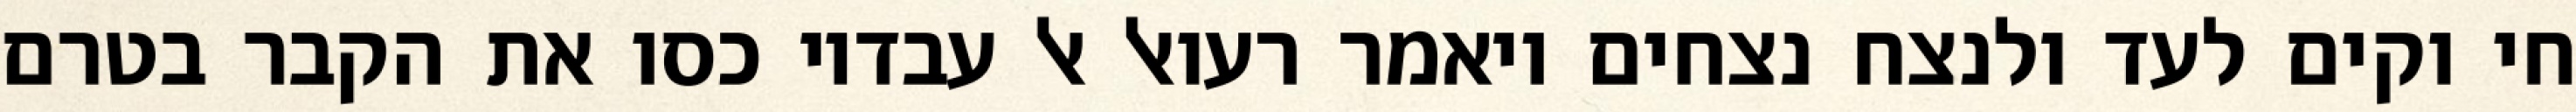
חי וקים לעד ולנצח נצחים ויאמר רעואל אל עבדיו כסו את הקבר בטרם